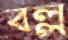
বল্ল